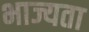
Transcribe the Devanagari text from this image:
भाज्यता